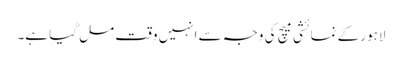
لاہور کے نمائشی میچ کی وجہ سے انہیں وقت مل گیا ہے۔